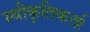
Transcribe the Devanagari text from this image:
स्वीकृतिकर्ता